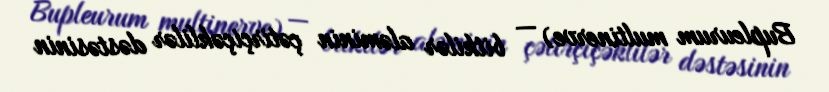
Bupleurum multinerve) — bitkilər aləminin çətirçiçəklilər dəstəsinin